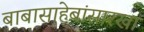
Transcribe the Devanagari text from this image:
बाबासाहेबांसारखा